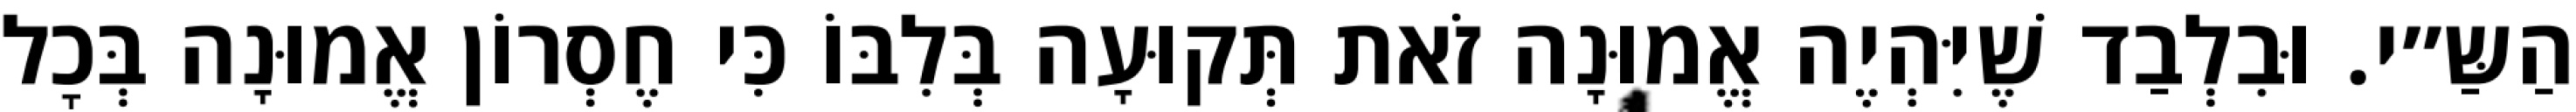
הַשַּ״י. וּבִלְבַד שֶׁיִּהְיֶה אֱמוּנָה זֹאת תְּקוּעָה בְּלִבּוֹ כִּי חֶסְרוֹן אֱמוּנָה בְּכׇל